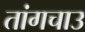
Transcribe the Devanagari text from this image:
तांगचाउ